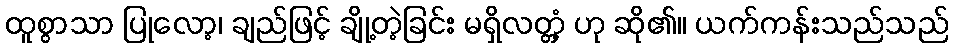
ထူစွာသာ ပြုလော့၊ ချည်ဖြင့် ချို့တဲ့ခြင်း မရှိလတ္တံ့ ဟု ဆို၏။ ယက်ကန်းသည်သည်